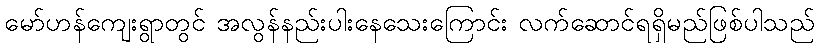
မော်ဟန်ကျေးရွာတွင် အလွန်နည်းပါးနေသေးကြောင်း လက်ဆောင်ရရှိမည်ဖြစ်ပါသည်